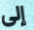
إلى